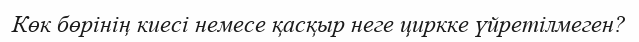
Көк бөрінің киесі немесе қасқыр неге циркке үйретілмеген?